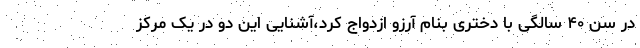
در سن ۴۰ سالگی با دختری بنام آرزو ازدواج کرد،آشنایی این دو در یک مرکز